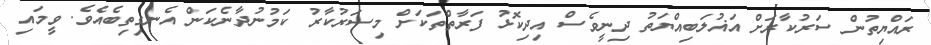
ރައްޔިތުން ސަރުކާރަށް އަޣުލަބިއްޔަތު ދިނީވެސް އިދިކޮޅު ފަރާތްތަކަށް މިސަރުކާރު ކަމުނުދާނެކަން އެނގިތިބެއެވެ. ވީމައި